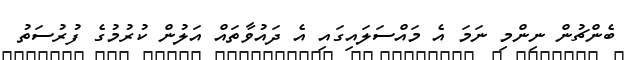
ބެންޗުން ނިންމި ނަމަ އެ މައްސަލައިގައި އެ ދައުވާތައް އަލުން ކުރުމުގެ ފުރުސަތު